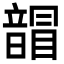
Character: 𩐲